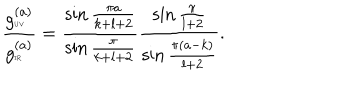
{ \frac { g _ { \tiny \mathrm { U V } } ^ { ( a ) } } { g _ { \tiny \mathrm { I R } } ^ { ( a ) } } } = { \frac { \sin { \frac { \pi a } { k + l + 2 } } } { \sin { \frac { \pi } { k + l + 2 } } } } { \frac { \sin { \frac { \pi } { l + 2 } } } { \sin { \frac { \pi ( a - k ) } { l + 2 } } } } .